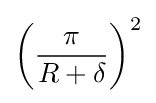
\left({\frac {\pi }{R+\delta }}\right)^{2}